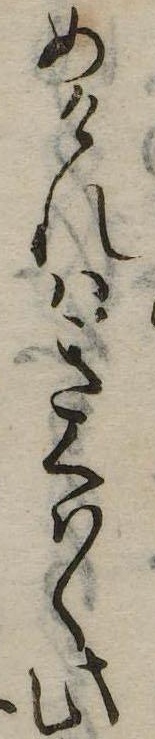
めけれはきくはく此